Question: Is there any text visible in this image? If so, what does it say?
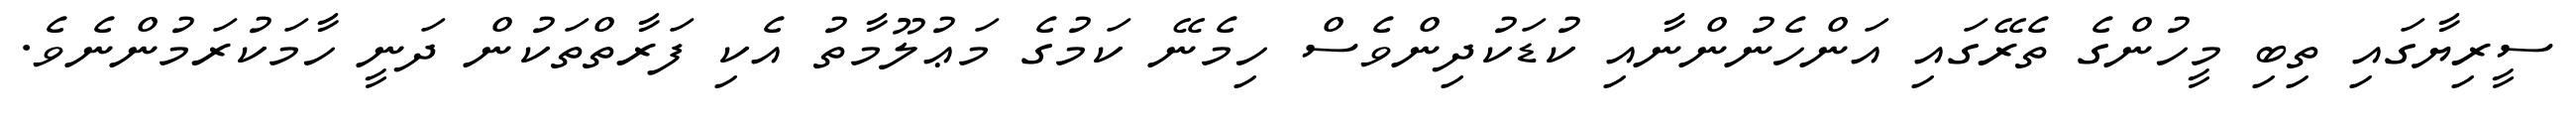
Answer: ސީރިޔާގައި ތިބި މީހުންގެ ތެރޭގައި އަންހެނުންނާއި ކުޑަކުދިންވެސް ހިމެނޭ ކަމުގެ މަޢުލޫމާތު އެކި ފަރާތްތަކުން ދަނީ ހާމަކުރަމުންނެވެ.